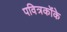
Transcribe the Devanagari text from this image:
पवित्रकोंके